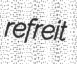
refreit